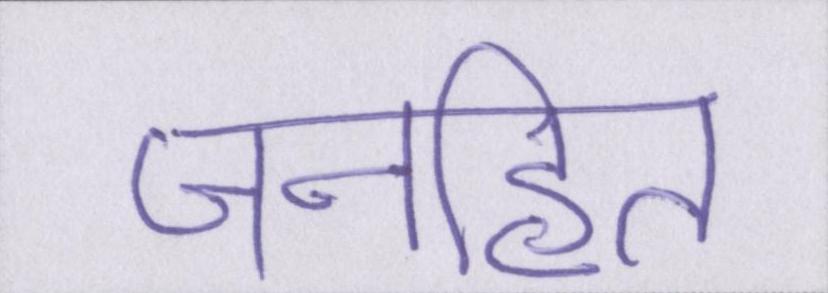
जनहित